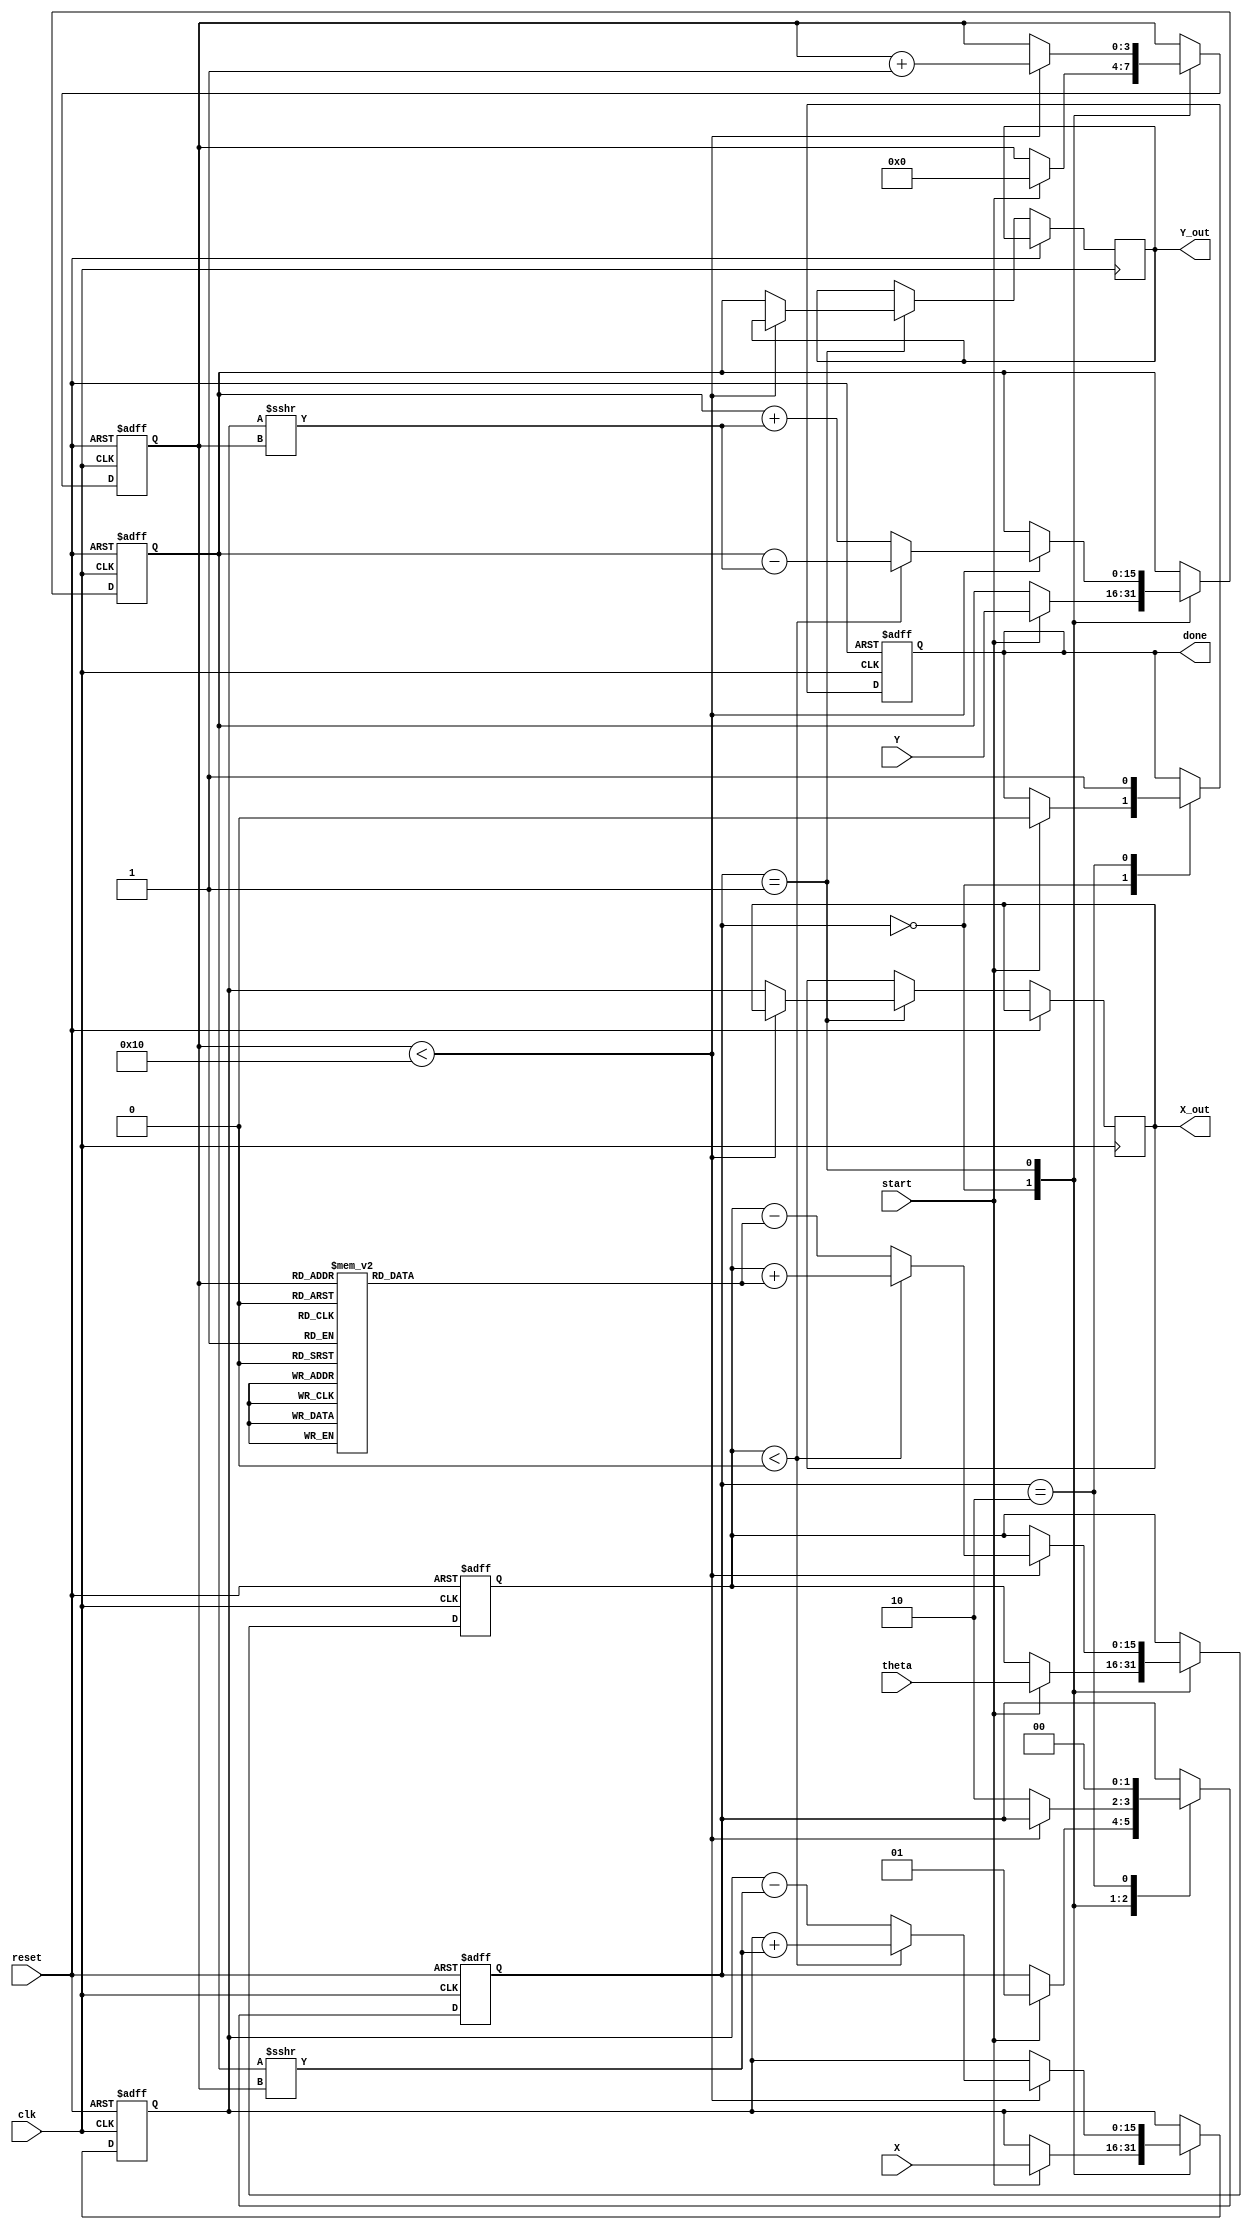
module cordic #(
    parameter N = 16,               // Number of iterations
    parameter WIDTH = 16            // Bit width for fixed-point representation
)(
    input wire clk,                 // Clock signal
    input wire reset,               // Reset signal
    input wire start,               // Start signal for CORDIC operation
    input wire signed [WIDTH-1:0] X, // Input X coordinate
    input wire signed [WIDTH-1:0] Y, // Input Y coordinate
    input wire signed [WIDTH-1:0] theta, // Input angle (in radians)
    output reg signed [WIDTH-1:0] X_out, // Output X coordinate
    output reg signed [WIDTH-1:0] Y_out, // Output Y coordinate
    output reg done                 // Done signal
);

    // CORDIC constants (atan(2^-i) for i = 0 to N)
    reg signed [WIDTH-1:0] atan_table [0:N-1];
    initial begin
        atan_table[0] = 16'h2000; // atan(1) = 0.7854 (in fixed-point)
        atan_table[1] = 16'h1000; // atan(0.5) = 0.4636
        atan_table[2] = 16'h0800; // atan(0.25) = 0.2449
        // Add more values as needed for higher precision
        // Fill in the rest of the atan_table values...
    end

    // Registers to hold current state
    reg signed [WIDTH-1:0] X_reg;
    reg signed [WIDTH-1:0] Y_reg;
    reg signed [WIDTH-1:0] theta_reg;
    reg [3:0] iteration; // Iteration counter
    reg [1:0] state;     // FSM state

    // State encoding
    localparam IDLE = 2'b00;
    localparam RUN = 2'b01;
    localparam DONE = 2'b10;

    // Control logic
    always @(posedge clk or posedge reset) begin
        if (reset) begin
            X_reg <= 0;
            Y_reg <= 0;
            theta_reg <= 0;
            iteration <= 0;
            state <= IDLE;
            done <= 0;
        end else begin
            case (state)
                IDLE: begin
                    if (start) begin
                        X_reg <= X;
                        Y_reg <= Y;
                        theta_reg <= theta;
                        iteration <= 0;
                        state <= RUN;
                        done <= 0;
                    end
                end
                RUN: begin
                    if (iteration < N) begin
                        // CORDIC rotation logic
                        if (theta_reg < 0) begin
                            X_reg <= X_reg + (Y_reg >>> iteration);
                            Y_reg <= Y_reg - (X_reg >>> iteration);
                            theta_reg <= theta_reg + atan_table[iteration];
                        end else begin
                            X_reg <= X_reg - (Y_reg >>> iteration);
                            Y_reg <= Y_reg + (X_reg >>> iteration);
                            theta_reg <= theta_reg - atan_table[iteration];
                        end
                        iteration <= iteration + 1;
                    end else begin
                        // Finished all iterations
                        X_out <= X_reg;
                        Y_out <= Y_reg;
                        state <= DONE;
                    end
                end
                DONE: begin
                    done <= 1; // Signal that CORDIC operation is complete
                    state <= IDLE; // Return to IDLE state
                end
            endcase
        end
    end

endmodule